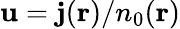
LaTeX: {\mathbf u}={\mathbf j}({\mathbf r})/n_{0}({\mathbf r})